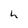
Character: h